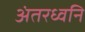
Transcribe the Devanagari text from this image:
अंतरध्वनि